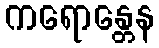
ကရောန္တေန